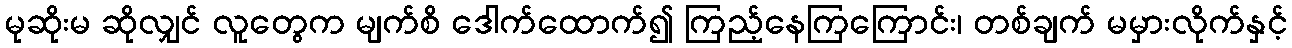
မုဆိုးမ ဆိုလျှင် လူတွေက မျက်စိ ဒေါက်ထောက်၍ ကြည့်နေကြကြောင်း၊ တစ်ချက် မမှားလိုက်နှင့်